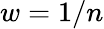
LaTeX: w=1/n